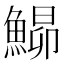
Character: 𩹡